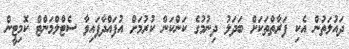
ދައުލަތުން އެކި ފަރާތްތަކަށް ބަދަލު ދިނުމުގެ ކަންކަން ކުރުމަށް އުފައްދާފައިވާ ސެޓްލްމަންޓް ކޮމިޓީން